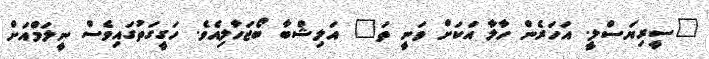
"ސީރިޔަސްލީ. އަހަރެން ހާލާ އަކަށް ވަނީ ތަ" އަލިޝްބާ ބޯޖަހާލިއެވެ. ހަގީގަތުގައިވެސް ނީލަމްއަށް